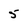
Character: 5